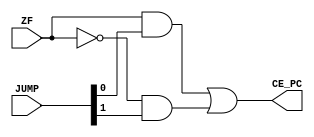
`timescale 1ns/1ns

module jump_conditions (
    input [1:0] JUMP,
    input ZF,
    output CE_PC
);

assign CE_PC = ZF && JUMP[0] || ~ZF && JUMP[1];

/* Jump conditions:
JUMP =
        00  no jump
        01  JZ
        10  JNZ
        11  JMP (unconditional)
*/

endmodule // jump_conditions